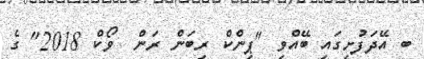
ބ އޭދަފުށިގައި ބޭއްވި "ޕިންކް ރިބަން ރަން  ވޯކް 2018" ގެ